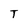
Character: T